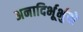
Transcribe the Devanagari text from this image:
अनादिर्भूर्भुवो